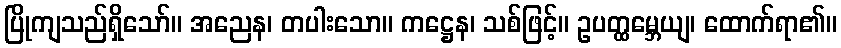
ပြိုကျသည်ရှိသော်။ အညေန၊ တပါးသော။ ကဋ္ဌေန၊ သစ်ဖြင့်။ ဥပတ္ထမ္ဘေယျ၊ ထောက်ရာ၏။